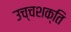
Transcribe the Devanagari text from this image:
उच्‍चशक्ति